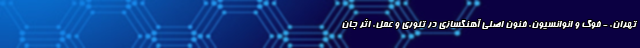
تهران. - فوگ و انوانسیون. فنون اصلی آهنگسازی در تئوری و عمل. اثر جان